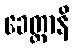
ခေတ္တာနိ